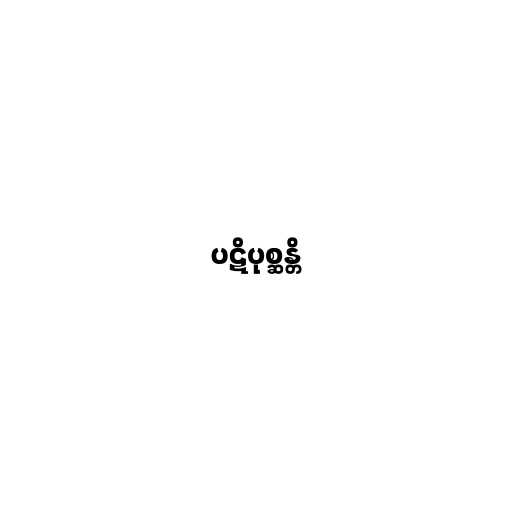
ပဋိပုစ္ဆန္တိ